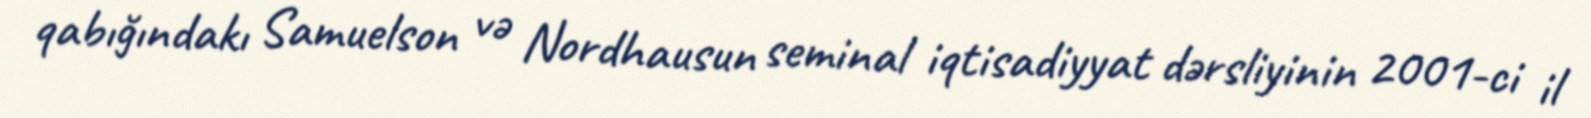
qabığındakı Samuelson və Nordhausun seminal iqtisadiyyat dərsliyinin 2001-ci il